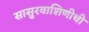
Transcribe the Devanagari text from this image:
सासुरवाशिणीची